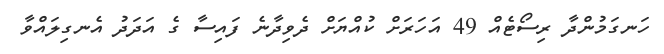
ހަނގަމުންދާ ރިސޯޓެއް 49 އަހަރަށް ކުއްޔަށް ދެވިދާނެ ފައިސާ ގެ އަދަދު އެނގިލައްވާ